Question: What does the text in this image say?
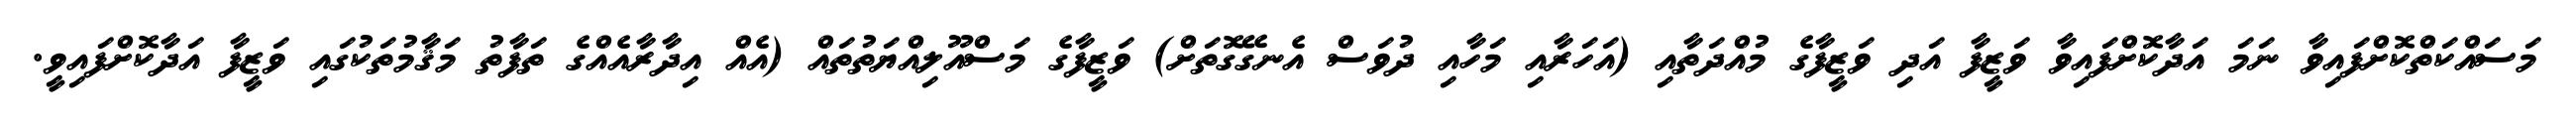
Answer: މަސައްކަތްކޮށްފައިވާ ނަމަ އަދާކޮށްފައިވާ ވަޒީފާ އަދި ވަޒީފާގެ މުއްދަތާއި (އަހަރާއި މަހާއި ދުވަސް އެނގޭގޮތަށް) ވަޒީފާގެ މަސްއޫލިއްޔަތުތައް (އެއް އިދާރާއެއްގެ ތަފާތު މަޤާމުތަކުގައި ވަޒީފާ އަދާކޮށްފައިވީ.